Madras plague regulations and rules - Volume 2
Disease focus: Plague
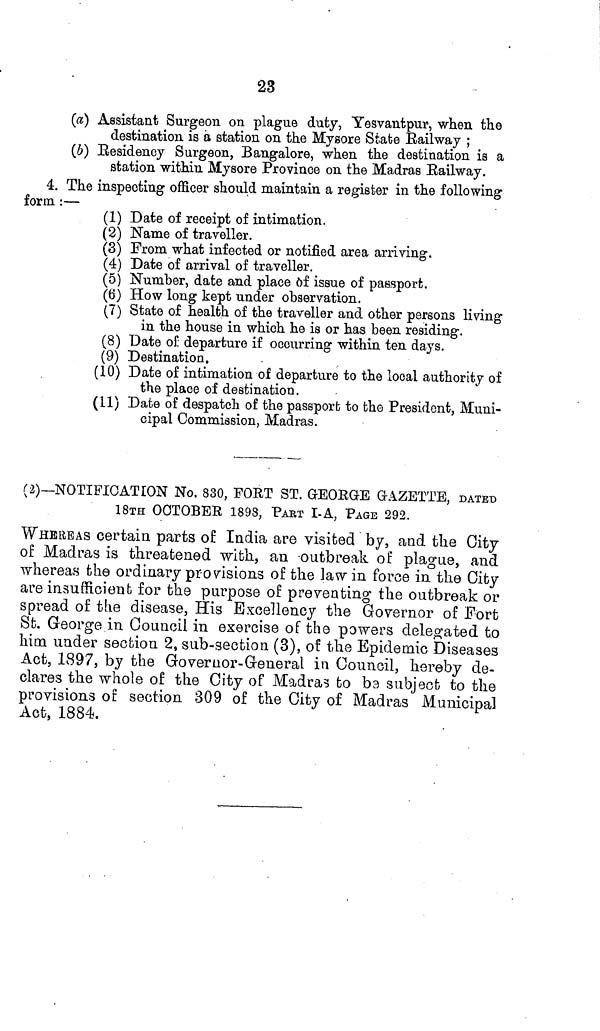
23
(a) Assistant Surgeon on plague duty, Yesvantpur, when the
destination is a station on the Mysore State Railway;
(b) Residency Surgeon, Bangalore, when the destination is a
station within Mysore Province on the Madras Railway.
4. The inspecting officer should maintain a register in the following
form :—
(1) Date of receipt of intimation.
(2) Name of traveller.
(3) From what infected or notified area arriving.
(4) Date of arrival of traveller.
(5) Number, date and place of issue of passport.
(6) How long kept under observation.
(7) State of health of the traveller and other persons living
in the house in which he is or has been residing.
(8) Date of departure if occurring within ten days.
(9) Destination,
(10) Date of intimation of departure to the local authority of
the place of destination.
(11) Date of despatch of the passport to the President, Muni-
cipal Commission, Madras.
(2)—NOTIFICATION No. 830, FORT ST. GEORGE GAZETTE, DATED
18TH OCTOBER 1898, PART I-A, PAGE 292.
WHEREAS certain parts of India are visited by, and the City
of Madras is threatened with, an outbreak of plague, and
whereas the ordinary provisions of the law in force in the City
are insufficient for the purpose of preventing the outbreak or
spread of the disease, His Excellency the Governor of Fort
St. George in Council in exercise of the powers delegated to
him under section 2, sub-section (3), of the Epidemic Diseases
Act, 1897, by the Governor-General in Council, hereby de-
clares the whole of the City of Madras to be subject to the
provisions on section 309 of the City of Madras Municipal
Act, 1884.